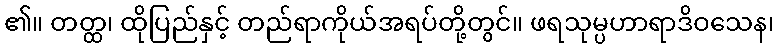
၏။ တတ္ထ၊ ထိုပြည်နှင့် တည်ရာကိုယ်အရပ်တို့တွင်။ ဖရသုမ္ပဟာရာဒိဝသေန၊